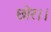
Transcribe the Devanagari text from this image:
छोर।।